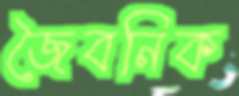
জৈবনিক